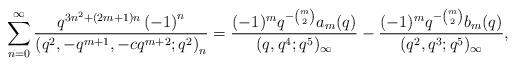
LaTeX: \begin{align*}\sum_{n=0}^{\infty}\frac{q^{3n^{2}+(2m+1)n}\left(-1\right)^{n}}{\left(q^{2},-q^{m+1},-cq^{m+2};q^{2}\right)_{n}}=\frac{(-1)^{m}q^{-\binom{m}{2}}a_{m}(q)}{(q,q^{4};q^{5})_{\infty}}-\frac{(-1)^{m}q^{-\binom{m}{2}}b_{m}(q)}{(q^{2},q^{3};q^{5})_{\infty}},\end{align*}